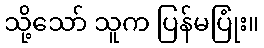
သို့သော် သူက ပြန်မပြုံး။